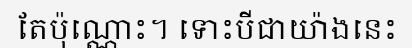
តែប៉ុណ្ណោះ។ ទោះបីជាយ៉ាងនេះ